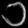
Digit: ၁